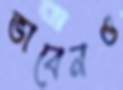
ভাবেনও